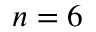
n = 6